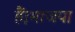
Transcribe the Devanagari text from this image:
हैं।भाजपा